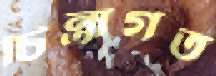
চিন্তাগত